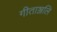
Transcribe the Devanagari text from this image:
गीताञ्जलि